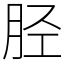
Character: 胫